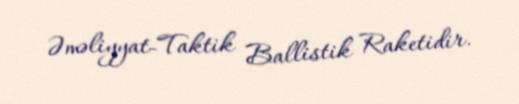
Əməliyyat-Taktik Ballistik Raketidir.